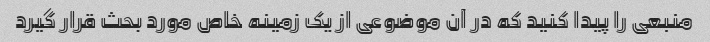
منبعی را پیدا کنید که در آن موضوعی از یک زمینه خاص مورد بحث قرار گیرد